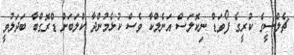
ޗެލްސީގެ ކުރީގެ ފޯވަޑް ނިކޮލަސް އަނެލްކާ ވެސް ކުޅެމުންދާ ކްލަބަށް ޑްރޮގްބާ ބަދަލުވީ